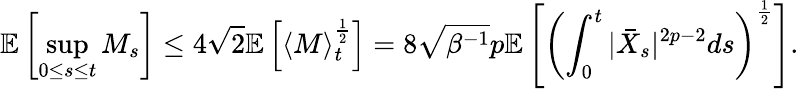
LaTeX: \mathbb{E}\left[\operatorname*{sup}_{0\leq s\leq t}M_{s}\right]\leq 4\sqrt{2}\mathbb{E}\left[\left\langle M\right\rangle_{t}^{\frac{1}{2}}\right]=8\sqrt{\beta^{-1}}p\mathbb{E}\left[\left(\int_{0}^{t}|\bar{X}_{s}|^{2p-2}ds\right)^{\frac{1}{2}}\right].